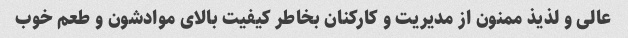
عالی و لذیذ ممنون از مدیریت و کارکنان بخاطر کیفیت بالای موادشون و طعم خوب